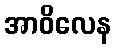
အာဝိလေန